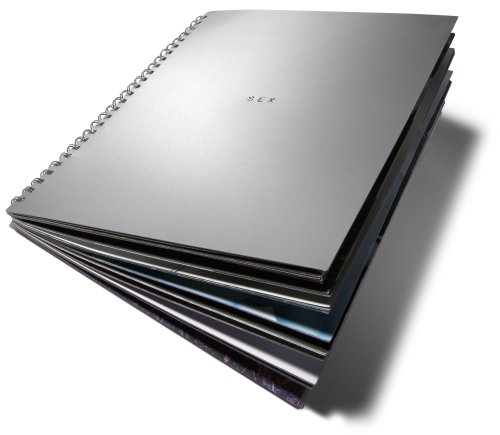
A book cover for Sex; Madonna; Arts & Photography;